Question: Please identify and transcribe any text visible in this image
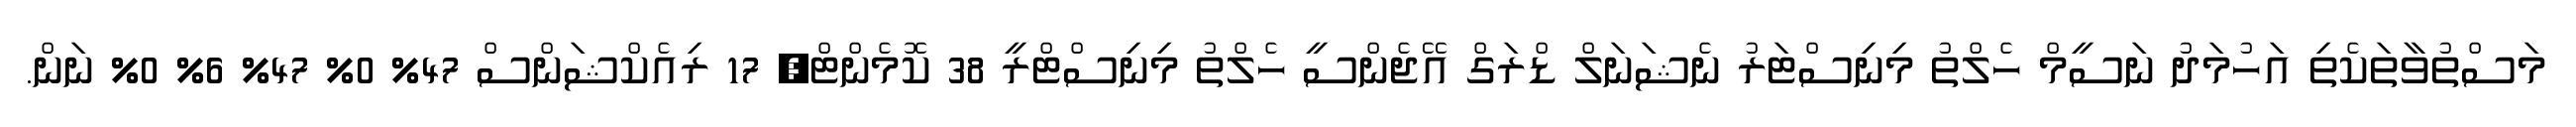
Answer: މަސްތުވާތަކެތި އަހުމަދު ނަސީމް ހެލްތު މިނިސްޓަރު ނެޝަނަލް ޑްރަގް އޭޖެންސީ ހެލްތު މިނިސްޓްރީ 38 ކޮމެންޓް, 17 ރިއެކްޝަންސް 47% 0% 47% 6% 0% ނަން.